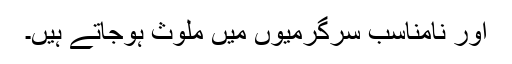
اور نامناسب سرگرمیوں میں ملوث ہوجاتے ہیں۔